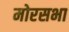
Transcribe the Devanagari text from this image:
मोरसभा